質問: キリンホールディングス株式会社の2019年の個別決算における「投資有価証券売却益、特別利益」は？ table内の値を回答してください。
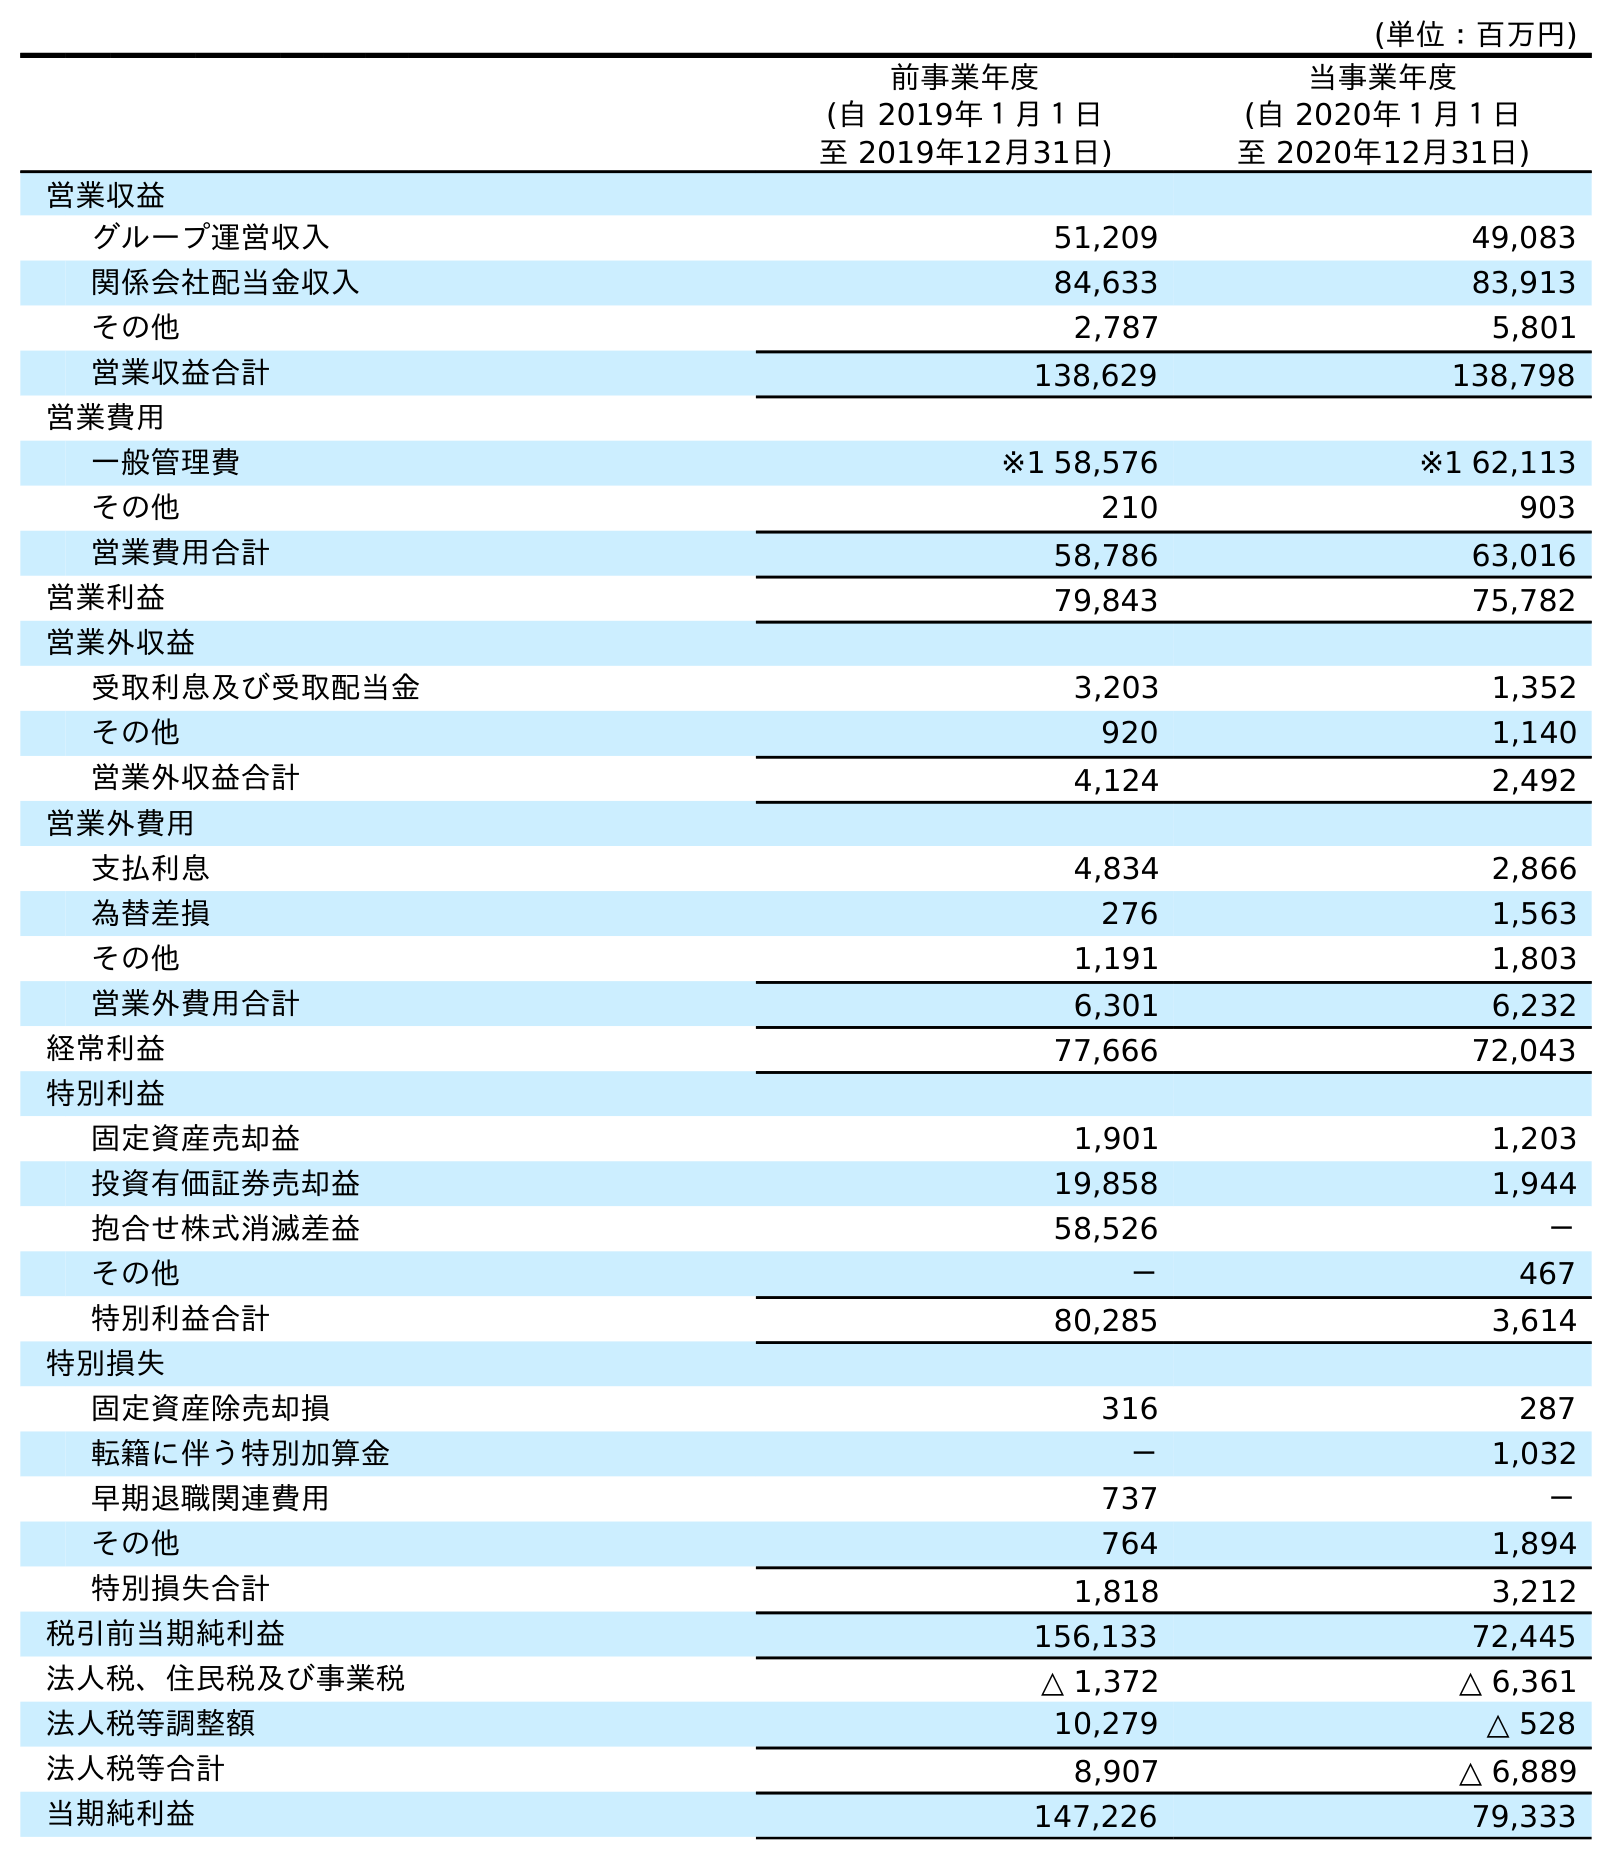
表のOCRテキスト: (単位：百万円) 前事業年度 (自 2019年１月１日 至 2019年12月31日) 当事業年度 (自 2020年１月１日 至 2020年12月31日) 営業収益 グループ運営収入 51,209 49,083 関係会社配当金収入 84,633 83,913 その他 2,787 5,801 営業収益合計 138,629 138,798 営業費用 一般管理費 ※1 58,576 ※1 62,113 その他 210 903 営業費用合計 58,786 63,016 営業利益 79,843 75,782 営業外収益 受取利息及び受取配当金 3,203 1,352 その他 920 1,140 営業外収益合計 4,124 2,492 営業外費用 支払利息 4,834 2,866 為替差損 276 1,563 その他 1,191 1,803 営業外費用合計 6,301 6,232 経常利益 77,666 72,043 特別利益 固定資産売却益 1,901 1,203 投資有価証券売却益 19,858 1,944 抱合せ株式消滅差益 58,526 － その他 － 467 特別利益合計 80,285 3,614 特別損失 固定資産除売却損 316 287 転籍に伴う特別加算金 － 1,032 早期退職関連費用 737 － その他 764 1,894 特別損失合計 1,818 3,212 税引前当期純利益 156,133 72,445 法人税、住民税及び事業税 △ 1,372 △ 6,361 法人税等調整額 10,279 △ 528 法人税等合計 8,907 △ 6,889 当期純利益 147,226 79,333
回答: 19,858